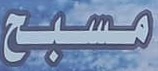
مسبح